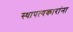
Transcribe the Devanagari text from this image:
स्थापत्यकारांना